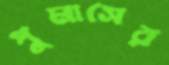
পুমাসের